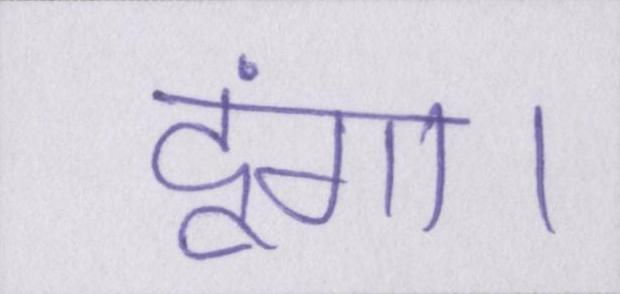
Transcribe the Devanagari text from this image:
दूंगा।